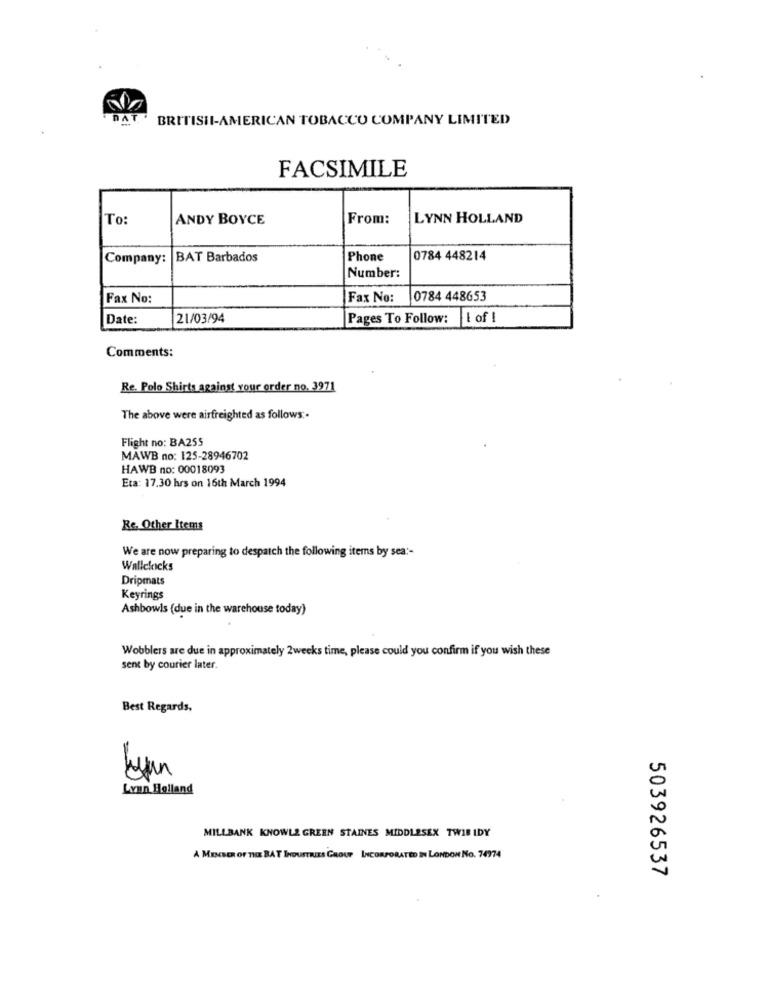
DAT
BRITISHI-AMERICAN TOBACCO COMPANY LIMITED
FACSIMILE
To:
ANDY BOYCE
From:
LYNN HOLLAND
Company: BAT Barbados
Phone
0784 448214
Number:
Fax No:
Fax No:
0784 448653
Date:
21/03/94
Pages To Follow: 1 of !
Comments:
Re. Polo Shirts against Your order no. 3971
The above were airfreighted as follows :.
Flight no: BA255
MAWB no: 125-28946702
HAWB no: 00018093
Eta: 17.30 hrs on 16th March 1994
Re. Other Items
We are now preparing to despatch the following items by sea :-
Wallclicks
Dripmats
Keyrings
Ashbowls (due in the warehouse today)
Wobblers are due in approximately 2weeks time, please could you confirm if you wish these
sent by courier later.
Best Regards,
Lynn Holland
MILLBANK KNOWLE GREEN STAINES MIDDLESEX TWIE IDY
A MEMBER OF THE BAT INDUSTRIES GROUP INCORPORATED IN LONDON NO. 74974
503926537